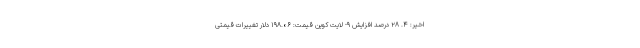
اخیر: ۴. ۲۸ درصد افزایش ۹- لایت کوین قیمت: ۱۹۸.۰۶ دلار تغییرات قیمتی